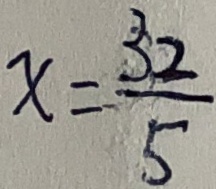
x = \frac { 3 2 } { 5 }